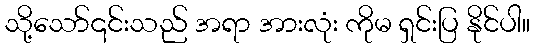
သို့သော်၎င်းသည် အရာ အားလုံး ကိုမ ရှင်းပြ နိုင်ပါ။